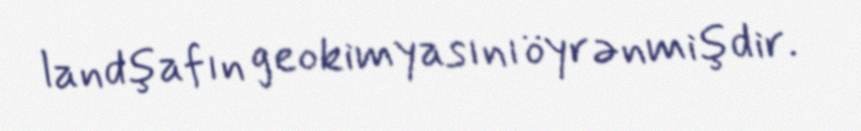
landşafın geokimyasını öyrənmişdir.